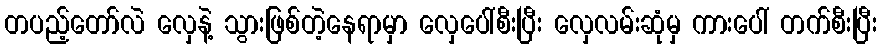
တပည့်တော်လဲ လှေနဲ့ သွားဖြစ်တဲ့နေရာမှာ လှေပေါ်စီးပြီး လှေလမ်းဆုံမှ ကားပေါ် တက်စီးပြီး